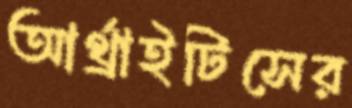
আর্থ্রাইটিসের